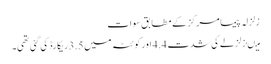
زلزلہ پیما مرکز کے مطابق سوات
میںزلزلے کی شدت 4.4 اور کوئٹہ میں 3.5 ریکارڈ کی گئی تھی۔